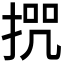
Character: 𭡒